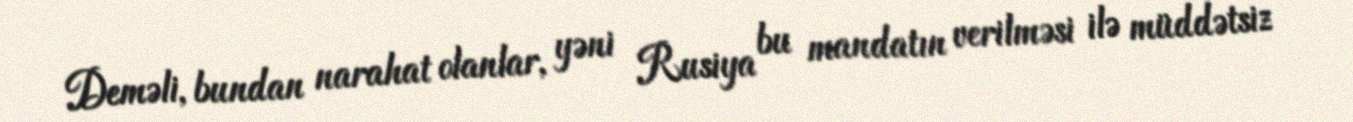
Deməli, bundan narahat olanlar, yəni Rusiya bu mandatın verilməsi ilə müddətsiz